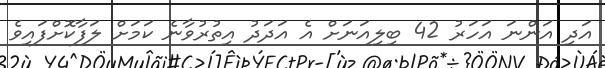
އަދި އަންނަ އަހަރު 42 ބިލިއަނަށް އެ އަދަދު އިތުރުވާނެ ކަމަށް ލަފާކޮށްފައިވެ